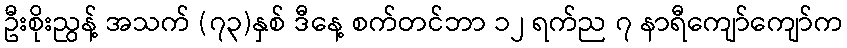
ဦးစိုးညွန့် အသက် (၇၃)နှစ် ဒီနေ့ စက်တင်ဘာ ၁၂ ရက်ည ၇ နာရီကျော်ကျော်က